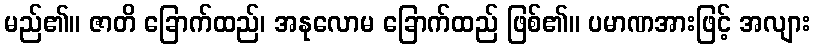
မည်၏။ ဇာတိ ခြောက်ထည်၊ အနုလောမ ခြောက်ထည် ဖြစ်၏။ ပမာဏအားဖြင့် အလျား